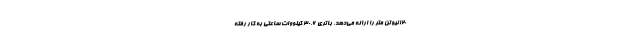
۱۲۰ نیوتن متر را ارائه می‌دهد. باتری ۳۰.۶ کیلووات ساعتی به کار رفته